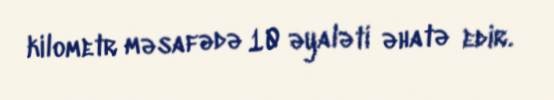
kilometr məsafədə 10 əyaləti əhatə edir.